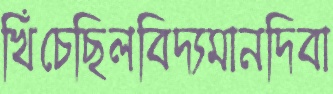
খিঁচেছিলবিদ্যমানদিবা